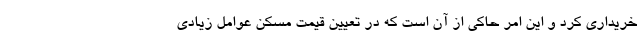
خریداری کرد و این امر حاکی از آن است که در تعیین قیمت مسکن عوامل زیادی